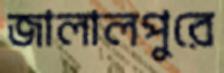
জালালপুরে